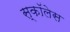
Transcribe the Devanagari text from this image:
स्कॉलेस